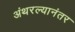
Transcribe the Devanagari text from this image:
अंथरल्यानंतर